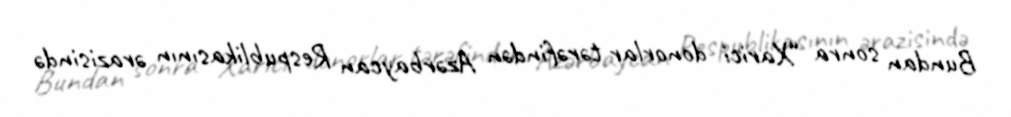
Bundan sonra “Xarici donorlar tərəfindən Azərbaycan Respublikasının ərazisində